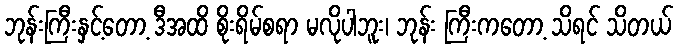
ဘုန်းကြီးနှင့်တော့ ဒီအထိ စိုးရိမ်စရာ မလိုပါဘူး၊ ဘုန်း ကြီးကတော့ သိရင် သိတယ်